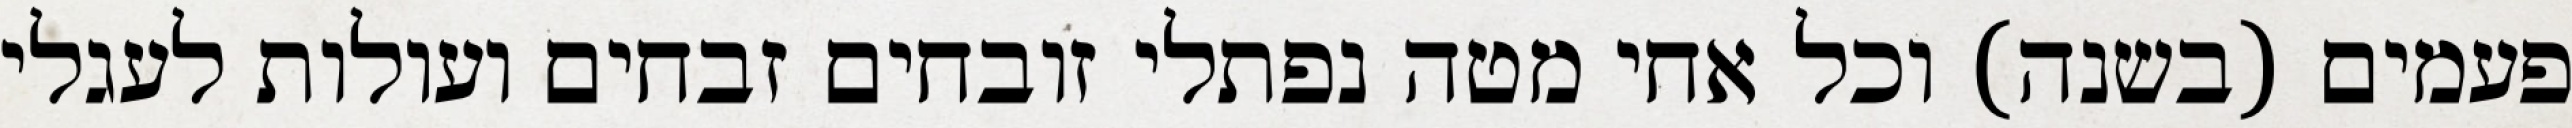
פעמים (בשנה) וכל אחי מטה נפתלי זובחים זבחים ועולות לעגלי